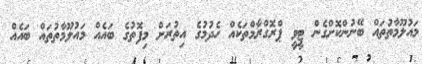
މައުލޫމާތުތައް ބޭނުންކޮށްގެން ޓީވީ ޕްރޮގްރާމްތަކެއް ހެދުމުގެ އިތުރަށް މިފޮތުގެ ބައެއް މައުލޫމާތުތައް ބައެއް